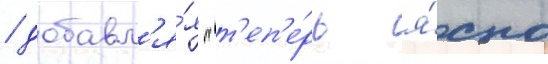
/ добавл'я́я "т'еп'е́рь я́сно